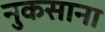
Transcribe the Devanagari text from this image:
नुकसाना